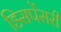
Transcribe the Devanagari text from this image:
डिसपेंसरी